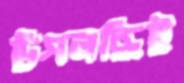
উপলব্ধিই